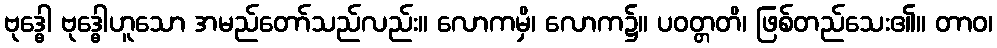
ဗုဒ္ဓေါ ဗုဒ္ဓေါဟူသော အမည်တော်သည်လည်း။ လောကမှိ၊ လောက၌။ ပဝတ္တတိ၊ ဖြစ်တည်သေး၏။ တာဝ၊